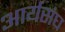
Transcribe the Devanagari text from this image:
आर्यसंघ